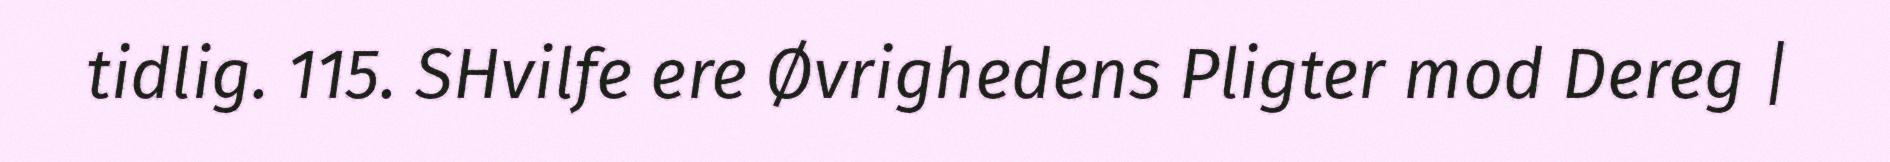
tidlig. 115. SHvilfe ere Øvrighedens Pligter mod Dereg |